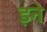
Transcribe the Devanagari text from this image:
ड़ने